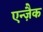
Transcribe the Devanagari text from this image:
एन्ज़ैक